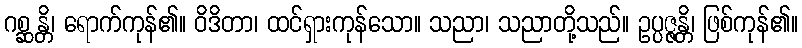
ဂစ္ဆန္တိ၊ ရောက်ကုန်၏။ ဝိဒိတာ၊ ထင်ရှားကုန်သော။ သညာ၊ သညာတို့သည်။ ဥပ္ပဇ္ဇန္တိ၊ ဖြစ်ကုန်၏။